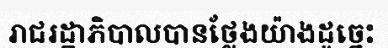
រាជរដ្ឋាភិបាលបានថ្លែងយ៉ាងដូច្នេះ